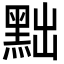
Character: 黜